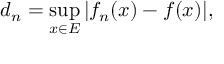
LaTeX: d _ { n } = \operatorname* { s u p } _ { x \in E } | f _ { n } ( x ) - f ( x ) | ,